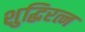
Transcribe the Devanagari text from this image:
शुद्धिरत्न